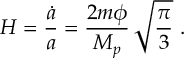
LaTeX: H = { \frac { \dot { a } } { a } } = { \frac { 2 m \phi } { M _ { p } } } \, \sqrt { \frac { \pi } { 3 } } \ .